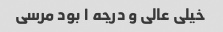
خیلی عالی و درجه ۱ بود مرسی